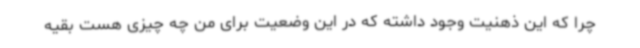
چرا که این ذهنیت وجود داشته که در این وضعیت برای من چه چیزی هست بقیه